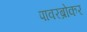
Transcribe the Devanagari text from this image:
पावरब्रोकर